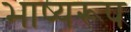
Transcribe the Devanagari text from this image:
भाष्यरूप